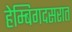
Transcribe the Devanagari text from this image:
हेम्बिगदसरात